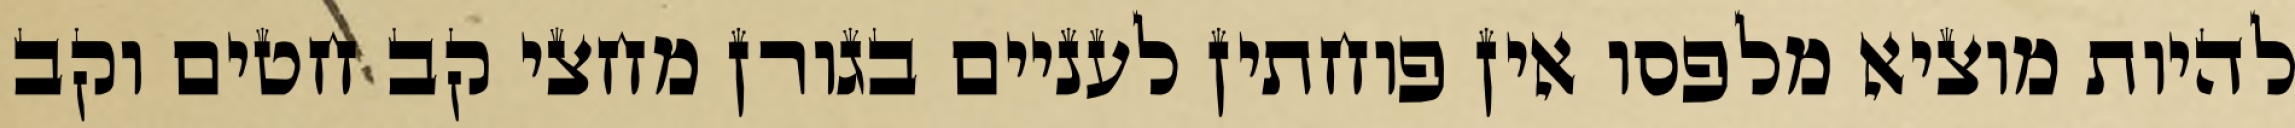
להיות מוציא מלפסו אין פוחתין לעניים בגורן מחצי קב חטים וקב